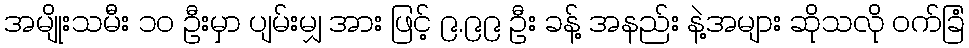
အမျိုးသမီး ၁၀ ဦးမှာ ပျမ်းမျှ အား ဖြင့် ၉.၉၉ ဦး ခန့် အနည်း နဲ့အများ ဆိုသလို ဝက်ခြံ